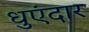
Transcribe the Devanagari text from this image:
धुएंदार